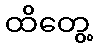
ထိတွေ့